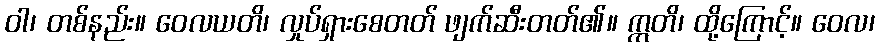
ဝါ၊ တစ်နည်း။ ဝေလယတိ၊ လှုပ်ရှားစေတတ် ဖျက်ဆီးတတ်၏။ ဣတိ၊ ထို့ကြောင့်။ ဝေလ၊